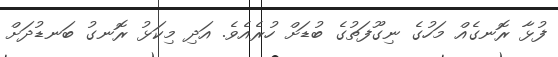
ފުޅާ ރޮނގެއް މަހުގެ ނިގޫފަތުގެ ބުޑަށް ހުރެއެވެ. އަދި މިކަޅު ރޮނގު ބަނޑުދަށް